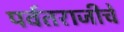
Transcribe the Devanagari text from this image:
पर्वतराजीचे